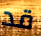
قد